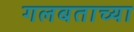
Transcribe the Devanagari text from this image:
गलबताच्या